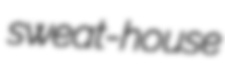
sweat-house